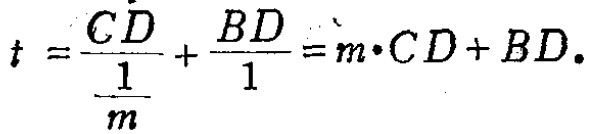
\[

t = \frac{CD}{\frac{1}{m}}+\frac{BD}{1}=m\cdot CD + BD.

\]